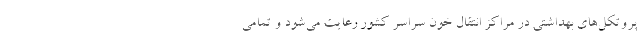
پروتکل‌های بهداشتی در مراکز انتقال خون سراسر کشور رعایت می‌شود و تمامی